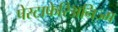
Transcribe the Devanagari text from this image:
पेस्टाफेरिअनिज्म